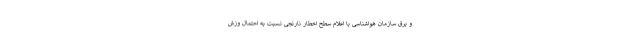
و برق سازمان هواشناسی با اعلام سطح اخطار نارنجی نسبت به احتمال وزش